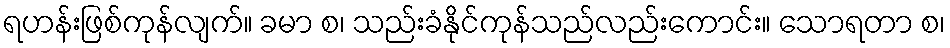
ရဟန်းဖြစ်ကုန်လျက်။ ခမာ စ၊ သည်းခံနိုင်ကုန်သည်လည်းကောင်း။ သောရတာ စ၊